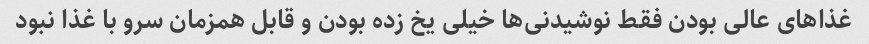
غذا‌های عالی بودن فقط نوشیدنی‌ها خیلی یخ زده بودن و قابل همزمان سرو با غذا نبود